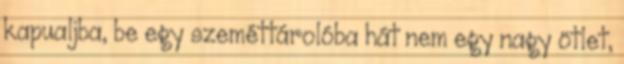
kapualjba, be egy szeméttárolóba hát nem egy nagy ötlet,